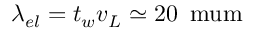
\lambda _ { e l } = t _ { w } v _ { L } \simeq 2 0 \, \mathrm { \ m u m }